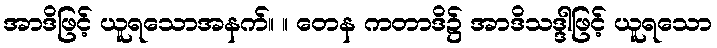
အာဒိဖြင့် ယူရသောအနက်။ ။ တေန ကတာဒိ၌ အာဒိသဒ္ဒါဖြင့် ယူရသော